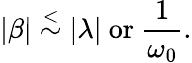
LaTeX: |\beta|\stackrel{<}{\sim}|\lambda|\ \mathrm{or}\ {\frac{1}{\omega_{0}}}.